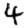
Digit: 4